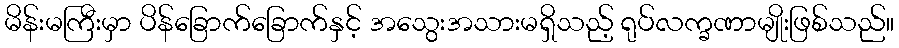
မိန်းမကြီးမှာ ပိန်ခြောက်ခြောက်နှင့် အသွေးအသားမရှိသည့် ရုပ်လက္ခဏာမျိုးဖြစ်သည်။